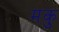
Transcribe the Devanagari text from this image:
मकु